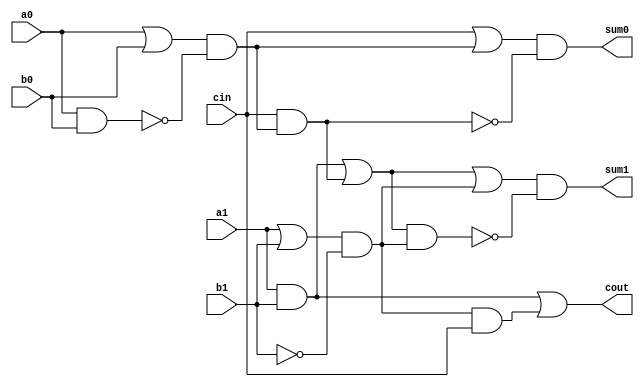
module rca2(a0, a1, b0, b1, cin, sum0, sum1, cout);
input a0, a1, b0, b1, cin;
output sum0, sum1, cout;

wire w1, w2, w3, w4, w5, w6, w7, w8, w9, n1;
wire w11, w12, w13, w14, w15, w16, w17, w18, w19, n2, cint;

assign w1 = a0 | b0;
assign w2 = a0 & b0;
assign w3 = ~w2;
assign n1 = w1 & w3;

assign w5 = cin | n1;
assign w6 = cin & n1;
assign w7 = ~w6;
assign sum0 = w5 & w7;

assign w8 = a1 & b1;
assign w9 = n1 & cin;
assign cint = w8 | w9;

assign w11 = a1 | b1;
assign w12 = b1 & b1;
assign w13 = ~w12;
assign n2 = w11 & w13;

assign w15 = cint | n2;
assign w16 = cint & n2;
assign w17 = ~w16;
assign sum1 = w15 & w17;

assign w18 = a1 & b1;
assign w19 = n2 & cin;
assign cout = w18 | w19;

endmodule